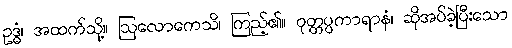
ဥဒ္ဓံ၊ အထက်သို့။ ဩလောကေသိ၊ ကြည့်၏။ ဝုတ္တပ္ပကာရာနံ၊ ဆိုအပ်ခဲ့ပြီးသော